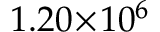
1 . 2 0 \! \times \! 1 0 ^ { 6 }